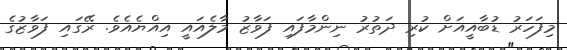
މިފަހަރު ޑުބާއީއަށް ކުރި ދަތުރު ނިންމާފައި ފަވާޒު މާލެއައީ އިއްޔެއެވެ. ރޭގައި ފަވާޒުގެ